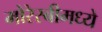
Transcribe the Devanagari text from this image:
मोरेस्बीमध्ये